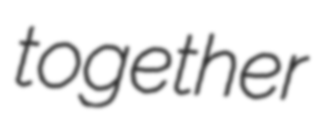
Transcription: together